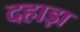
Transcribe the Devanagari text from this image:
दहाड़ा